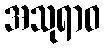
အသုရာဝ